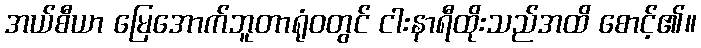
အယ်စီယာ မြေအောက်ဘူတာရုံဝတွင် ငါးနာရီထိုးသည်အထိ စောင့်၏။